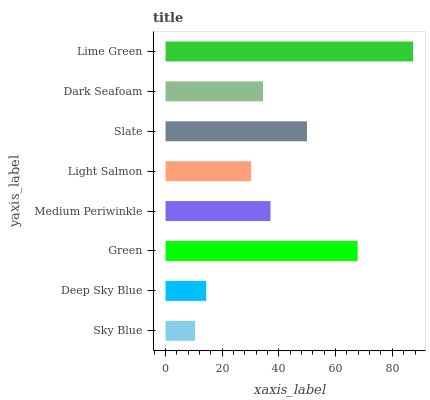
| yaxis_label | bars |
 | --- | --- |
 | Sky Blue | 10.4 |
 | Deep Sky Blue | 14.3 |
 | Green | 67.8 |
 | Medium Periwinkle | 37 |
 | Light Salmon | 30.2 |
 | Slate | 49.9 |
 | Dark Seafoam | 34.4 |
 | Lime Green | 87.3 |